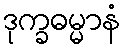
ဒုက္ခဓမ္မာနံ